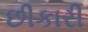
છીકારી